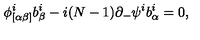
\phi _ { [ \alpha \beta ] } ^ { i } b _ { \beta } ^ { i } - i ( N - 1 ) \partial _ { - } \psi ^ { i } b _ { \alpha } ^ { i } = 0 ,